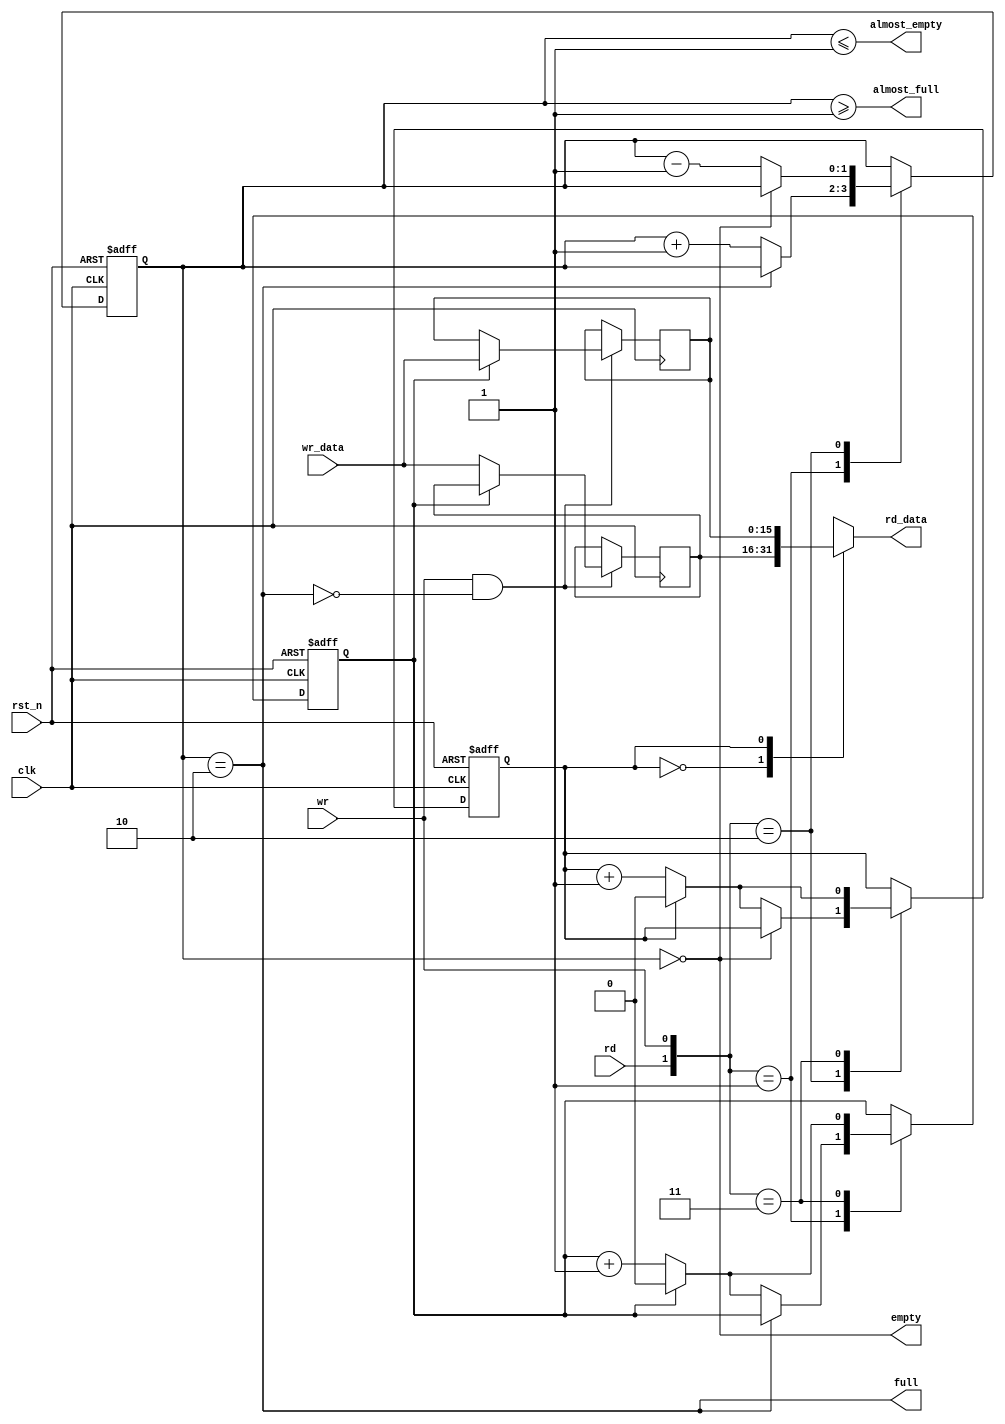
module efifo_module
   #(
      parameter                           DATA_WIDTH = 16,
      parameter                           DEPTH = 2
   )(
                                                                  // inputs:
                                                                   clk,
                                                                   rd,
                                                                   rst_n,
                                                                   wr,
                                                                   wr_data,

                                                                  // outputs:
                                                                   almost_empty,
                                                                   almost_full,
                                                                   empty,
                                                                   full,
                                                                   rd_data
                                                                )
;

  output                         almost_empty;
  output                         almost_full;
  output                         empty;
  output                         full;
  output  [ DATA_WIDTH - 1 : 0 ] rd_data;
  input                          clk;
  input                          rd;
  input                          rst_n;
  input                          wr;
  input   [ DATA_WIDTH - 1 : 0 ] wr_data;

  wire             almost_empty;
  wire             almost_full;
  wire             empty;
  reg     [      DEPTH - 1 : 0 ] entries;
  reg     [ DATA_WIDTH - 1 : 0 ] entry_0;
  reg     [ DATA_WIDTH - 1 : 0 ] entry_1;
  wire             full;
  reg              rd_address;
  reg     [ DATA_WIDTH - 1 : 0 ] rd_data;
  wire    [  1: 0] rdwr;
  reg              wr_address;
  assign rdwr = {rd, wr};
  assign full = entries == DEPTH;
  assign almost_full = entries >= DEPTH - 1;
  assign empty = entries == 0;
  assign almost_empty = entries <= DEPTH - 1;
  always @(entry_0 or entry_1 or rd_address)
    begin
      case (rd_address) // synthesis parallel_case full_case
      
          1'd0: begin
              rd_data = entry_0;
          end // 1'd0 
      
          1'd1: begin
              rd_data = entry_1;
          end // 1'd1 
      
          default: begin
          end // default
      
      endcase // rd_address
    end


  always @(posedge clk or negedge rst_n)
    begin
      if (rst_n == 0)
        begin
          wr_address <= 0;
          rd_address <= 0;
          entries <= 0;
        end
      else 
        case (rdwr) // synthesis parallel_case full_case
        
            2'd1: begin
                // Write data
                if (!full)
                  begin
                    entries <= entries + 1;
                    wr_address <= (wr_address == 1) ? 0 : (wr_address + 1);
                  end
            end // 2'd1 
        
            2'd2: begin
                // Read data
                if (!empty)
                  begin
                    entries <= entries - 1;
                    rd_address <= (rd_address == 1) ? 0 : (rd_address + 1);
                  end
            end // 2'd2 
        
            2'd3: begin
                wr_address <= (wr_address == 1) ? 0 : (wr_address + 1);
                rd_address <= (rd_address == 1) ? 0 : (rd_address + 1);
            end // 2'd3 
        
            default: begin
            end // default
        
        endcase // rdwr
    end


  always @(posedge clk)
    begin
      //Write data
      if (wr & !full)
          case (wr_address) // synthesis parallel_case full_case
          
              1'd0: begin
                  entry_0 <= wr_data;
              end // 1'd0 
          
              1'd1: begin
                  entry_1 <= wr_data;
              end // 1'd1 
          
              default: begin
              end // default
          
          endcase // wr_address
    end



endmodule